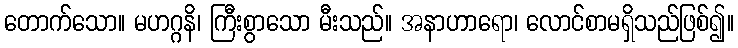
တောက်သော။ မဟဂ္ဂနိ၊ ကြီးစွာသော မီးသည်။ အနာဟာရော၊ လောင်စာမရှိသည်ဖြစ်၍။